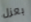
بعزل